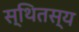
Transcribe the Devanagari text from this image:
स्थितस्य